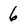
Character: 6